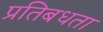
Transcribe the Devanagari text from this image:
प्रतिबधता